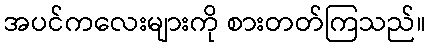
အပင်ကလေးများကို စားတတ်ကြသည်။